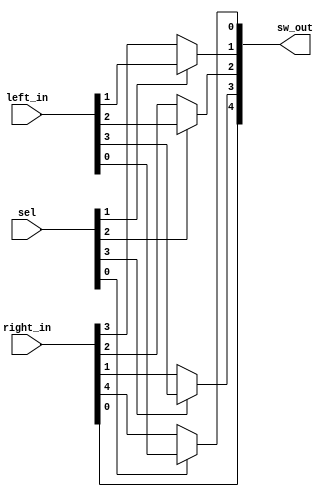
module qsn_merge_len5 (
	output wire [4:0] sw_out,

	input wire [3:0] left_in,
	input wire [4:0] right_in,
	input wire [3:0] sel
);

	assign sw_out[0] = (sel[0] == 1'b0) ? right_in[4] : left_in[0];
	assign sw_out[1] = (sel[1] == 1'b0) ? right_in[3] : left_in[1];
	assign sw_out[2] = (sel[2] == 1'b0) ? right_in[2] : left_in[2];
	assign sw_out[3] = (sel[3] == 1'b0) ? right_in[1] : left_in[3];
	assign sw_out[4] = right_in[0];
endmodule